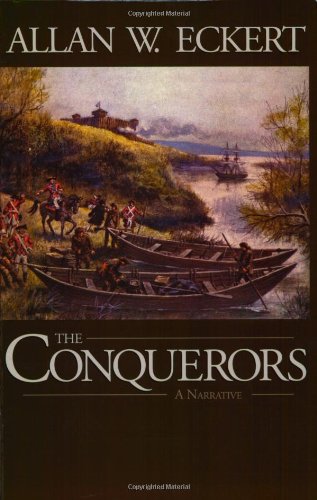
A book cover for The Conquerors (Winning of America Series); Allan W. Eckert; History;